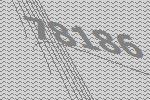
78186